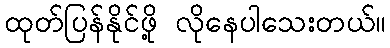
ထုတ်ပြန်နိုင်ဖို့ လိုနေပါသေးတယ်။